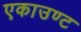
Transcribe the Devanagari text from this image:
एकाउण्ट